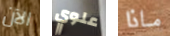
الآن علوي ماذا